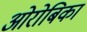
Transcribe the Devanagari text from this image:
ओरोबिका